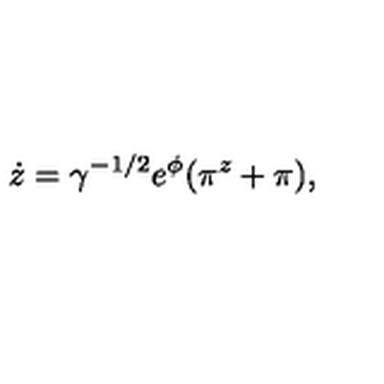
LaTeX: \dot { z } = \gamma ^ { - 1 / 2 } e ^ { \phi } ( \pi ^ { z } + \pi ) ,